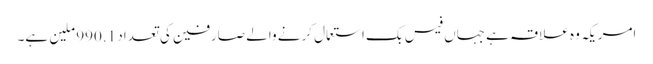
امریکہ وہ علاقہ ہے جہاں فیس بک استعمال کرنے والے صارفین کی تعداد 990.1 ملین ہے۔